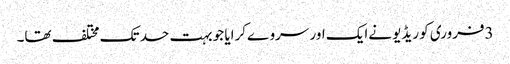
3فروری کو ریڈیو نےایک اور سروےکرایا جو بہت حد تک مختلف تھا۔